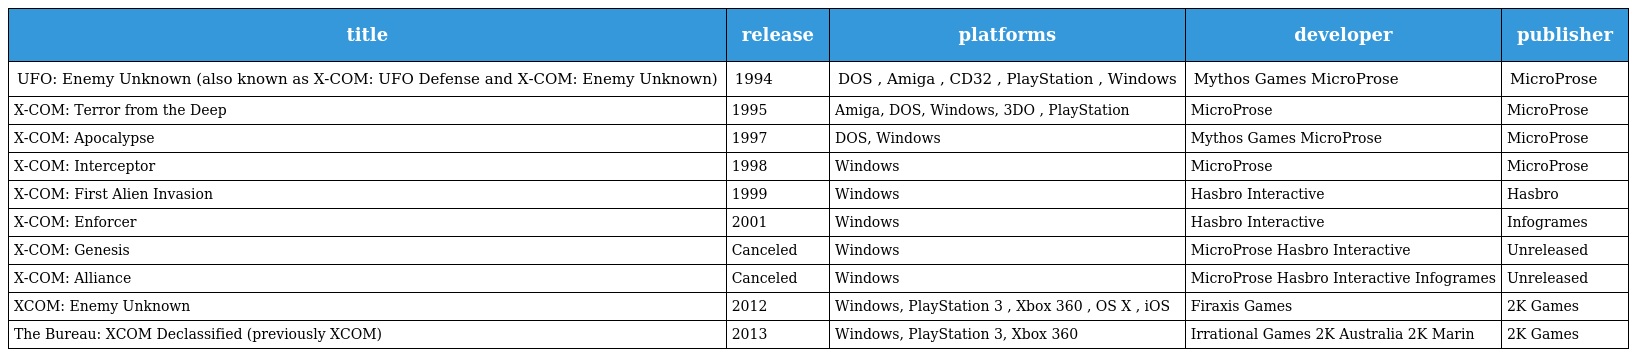
| title | release | platforms | developer | publisher |
 | --- | --- | --- | --- | --- |
 | UFO: Enemy Unknown (also known as X-COM: UFO Defense and X-COM: Enemy Unknown) | 1994 | DOS , Amiga , CD32 , PlayStation , Windows | Mythos Games MicroProse | MicroProse |
 | X-COM: Terror from the Deep | 1995 | Amiga, DOS, Windows, 3DO , PlayStation | MicroProse | MicroProse |
 | X-COM: Apocalypse | 1997 | DOS, Windows | Mythos Games MicroProse | MicroProse |
 | X-COM: Interceptor | 1998 | Windows | MicroProse | MicroProse |
 | X-COM: First Alien Invasion | 1999 | Windows | Hasbro Interactive | Hasbro |
 | X-COM: Enforcer | 2001 | Windows | Hasbro Interactive | Infogrames |
 | X-COM: Genesis | Canceled | Windows | MicroProse Hasbro Interactive | Unreleased |
 | X-COM: Alliance | Canceled | Windows | MicroProse Hasbro Interactive Infogrames | Unreleased |
 | XCOM: Enemy Unknown | 2012 | Windows, PlayStation 3 , Xbox 360 , OS X , iOS | Firaxis Games | 2K Games |
 | The Bureau: XCOM Declassified (previously XCOM) | 2013 | Windows, PlayStation 3, Xbox 360 | Irrational Games 2K Australia 2K Marin | 2K Games |